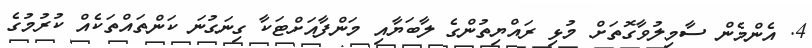
4. އެންމެން ސާމިލުވާގޮތަށް މުޅި ރައްޔިތުންގެ ލާބަޔާއި މަންފާއަށްޓަކާ ގިނަގުނަ ކަންތައްތަކެއް ކުރުމުގެ